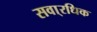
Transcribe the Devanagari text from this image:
सवा्रधिक